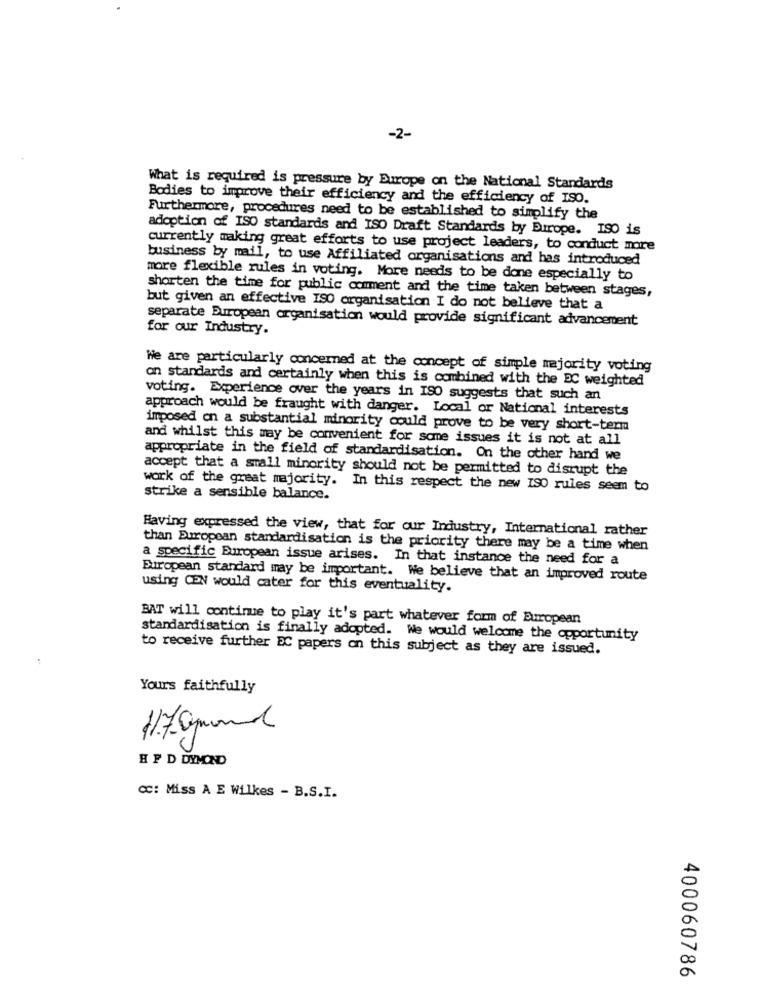
-2-
What is required is pressure by Europe on the National Standards
Bodies to improve their efficiency and the efficiency of ISO.
Furthermore, procedures need to be established to simplify the
adoption of ISO standards and ISO Draft Standards by Europe. ISO is
currently making great efforts to use project leaders, to conduct more
business by mail, to use Affiliated organisations and has introduced
more flexible rules in voting. More needs to be done especially to
shorten the time for public comment and the time taken between stages,
but given an effective ISO organisation I do not believe that a
separate European organisation would provide significant advancement
for our Industry.
We are particularly concerned at the concept of simple majority voting
on standards and certainly when this is combined with the EC weighted
voting. Experience over the years in ISO suggests that such an
approach would be fraught with danger. Local or National interests
imposed on a substantial minority could prove to be very short-term
and whilst this may be convenient for some issues it is not at all
appropriate in the field of standardisation. On the other hand we
accept that a small minority should not be permitted to disrupt the
work of the great majority. In this respect the new ISO rules seem to
strike a sensible balance.
Having expressed the view, that for our Industry, International rather
than European standardisation is the priority there may be a time when
a specific European issue arises. In that instance the need for a
European standard may be important. We believe that an improved route
using CON would cater for this eventuality.
BAT will continue to play it's part whatever form of European
standardisation is finally adopted. We would welcome the opportunity
to receive further EC papers on this subject as they are issued.
Yours faithfully
HP D DYMOND
cc: Miss A E Wilkes - B.S.I.
400060786